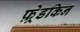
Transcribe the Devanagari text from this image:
फ़्रेडकिन